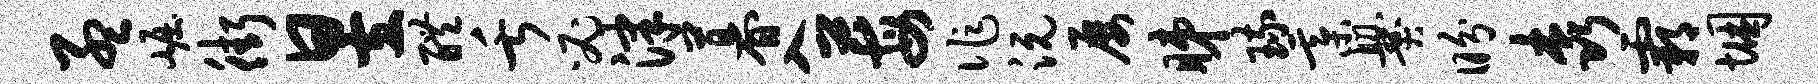
孟崛街昱醴舌必津暮入莓作沅屡睇琉綦爨盼森霸悃